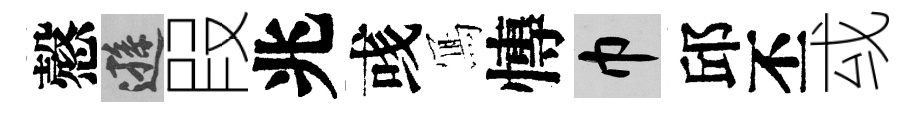
慤遜叚兆彧𭂁慱巾邱丕㦯